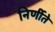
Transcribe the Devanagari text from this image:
निर्णीते